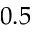
0 . 5